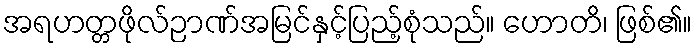
အရဟတ္တဖိုလ်ဉာဏ်အမြင်နှင့်ပြည့်စုံသည်။ ဟောတိ၊ ဖြစ်၏။